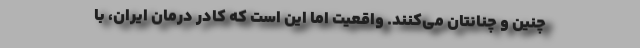
چنین و چنانتان می‌کنند. واقعیت اما این است که کادر درمان ایران، با